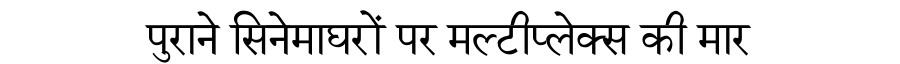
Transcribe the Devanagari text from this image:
पुराने सिनेमाघरों पर मल्टीप्लेक्स की मार